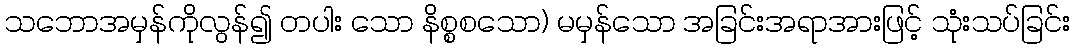
သဘောအမှန်ကိုလွန်၍ တပါး သော နိစ္စစသော) မမှန်သော အခြင်းအရာအားဖြင့် သုံးသပ်ခြင်း